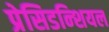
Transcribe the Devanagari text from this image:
प्रेसिडन्शियल